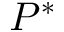
P ^ { * }